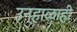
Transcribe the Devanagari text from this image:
उन्हाळाही